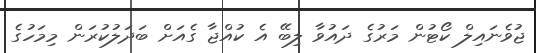
ޖުވެނައިލް ކޯޓުން މަރުގެ ދައުވާ ލިބޭ އެ ކުއްޖާ ގެއަށް ބަދަލުކުރަން މިމަހުގެ